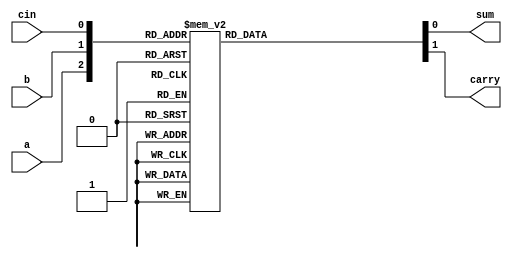
module fulladder2(a,b,cin,sum,carry);
input a,b,cin;
wire [2:0]x;
output reg sum,carry;
assign x = {a,b,cin};
always@(a or b or cin)
begin
case(x)
3'b000 : 
begin 
sum=0; carry=0;
end
3'b001 : 
begin 
sum=1; carry=0;
end
3'b010 : 
begin 
sum=1; carry=0;
end
3'b011 : 
begin 
sum=0; carry=1;
end
3'b100 : 
begin 
sum=1; carry=0;
end
3'b101 : 
begin 
sum=0; carry=1;
end
3'b110 : 
begin 
sum=0; carry=1;
end
3'b111 : 
begin 
sum=1; carry=1;
end
default : 
begin 
sum=0; carry=0;
end
endcase
end
endmodule